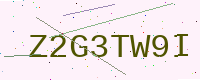
Text: Z2G3TW9I